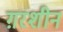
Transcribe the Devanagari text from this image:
ग़रशीन